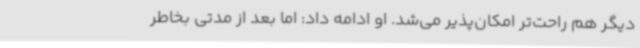
دیگر هم راحت‌تر امکان‌پذیر می‌شد. او ادامه داد: اما بعد از مدتی بخاطر